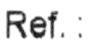
REF. :